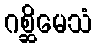
ဂစ္ဆိမေသံ